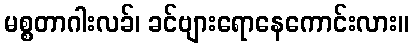
မစ္စတာဂါးလခ်၊ ခင်ဗျားရောနေကောင်းလား။